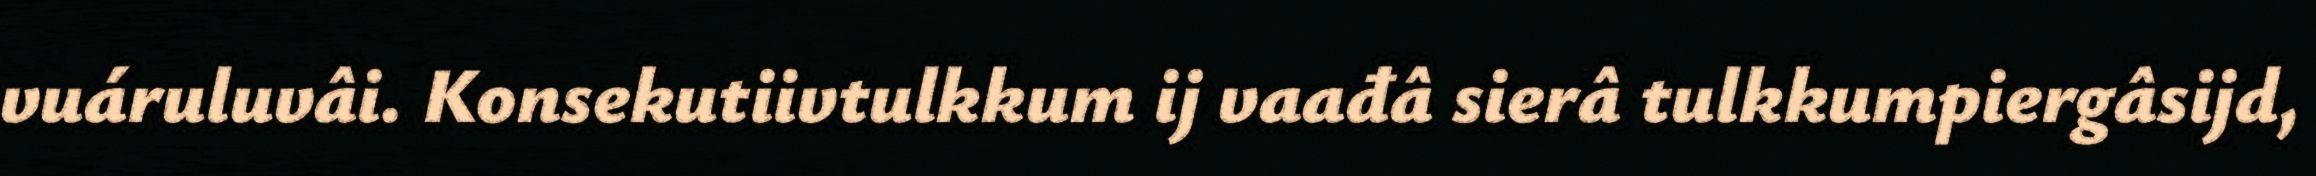
vuáruluvâi. Konsekutiivtulkkum ij vaađâ sierâ tulkkumpiergâsijd,